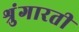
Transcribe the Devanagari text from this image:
श्रुंगारती